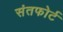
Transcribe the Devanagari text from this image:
संतफोर्ट